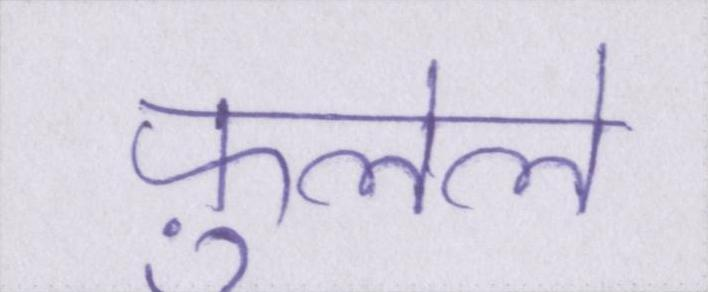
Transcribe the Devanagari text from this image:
फ़ुलेले